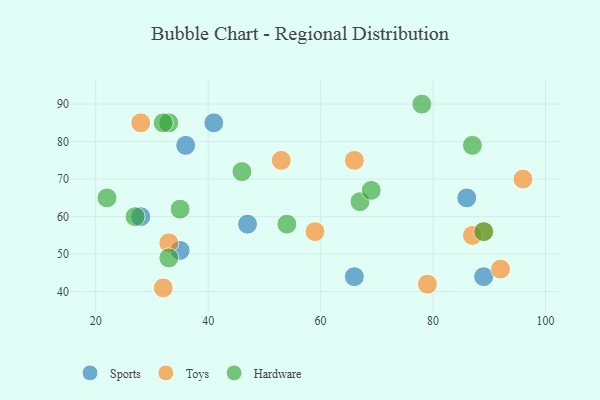
{"axis": {"x": "GDP", "y": "Life Expectancy"}, "legend": ["Hardware", "Sports", "Toys"], "data": [{"x": "35", "y": 51, "type": "Sports"}, {"x": "66", "y": 44, "type": "Sports"}, {"x": "41", "y": 85, "type": "Sports"}, {"x": "86", "y": 65, "type": "Sports"}, {"x": "36", "y": 79, "type": "Sports"}, {"x": "28", "y": 60, "type": "Sports"}, {"x": "89", "y": 44, "type": "Sports"}, {"x": "47", "y": 58, "type": "Sports"}, {"x": "89", "y": 56, "type": "Toys"}, {"x": "33", "y": 53, "type": "Toys"}, {"x": "53", "y": 75, "type": "Toys"}, {"x": "87", "y": 55, "type": "Toys"}, {"x": "92", "y": 46, "type": "Toys"}, {"x": "32", "y": 41, "type": "Toys"}, {"x": "79", "y": 42, "type": "Toys"}, {"x": "66", "y": 75, "type": "Toys"}, {"x": "28", "y": 85, "type": "Toys"}, {"x": "96", "y": 70, "type": "Toys"}, {"x": "59", "y": 56, "type": "Toys"}, {"x": "78", "y": 90, "type": "Hardware"}, {"x": "27", "y": 60, "type": "Hardware"}, {"x": "67", "y": 64, "type": "Hardware"}, {"x": "22", "y": 65, "type": "Hardware"}, {"x": "87", "y": 79, "type": "Hardware"}, {"x": "89", "y": 56, "type": "Hardware"}, {"x": "33", "y": 85, "type": "Hardware"}, {"x": "35", "y": 62, "type": "Hardware"}, {"x": "33", "y": 49, "type": "Hardware"}, {"x": "69", "y": 67, "type": "Hardware"}, {"x": "46", "y": 72, "type": "Hardware"}, {"x": "32", "y": 85, "type": "Hardware"}, {"x": "54", "y": 58, "type": "Hardware"}]}